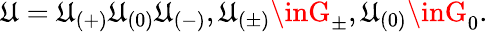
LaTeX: \mathfrak{U}=\mathfrak{U}_{(+)}\mathfrak{U}_{(0)}\mathfrak{U}_{(-)},\mathfrak{U}_{(\pm)}\inG_{\pm},\mathfrak{U}_{(0)}\inG_{0}.